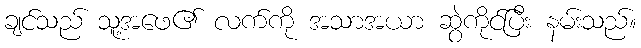
ချင်သည် သူ့အဖေ၏ လက်ကို အသာအယာ ဆွဲကိုင်ပြီး နမ်းသည်။